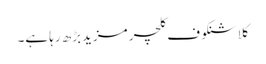
کلاشنکوف کلچر مزیدبڑھ رہا ہے۔